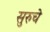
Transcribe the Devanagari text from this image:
सुरुचे